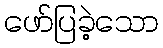
ဖော်ပြခဲ့သော